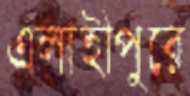
এলাহীপুরে